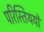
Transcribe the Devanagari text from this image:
परिस्तिथयों